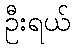
ဦးရယ်